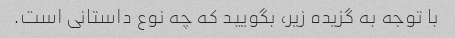
با توجه به گزیده زیر، بگویید که چه نوع داستانی است.